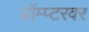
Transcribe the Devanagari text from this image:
प्रॉम्प्टरवर